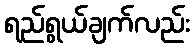
ရည်ရွယ်ချက်လည်း